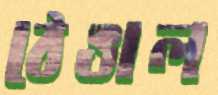
ঠেঙাল